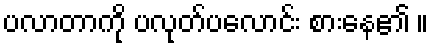
ပလာတာကို ပလုတ်ပလောင်း စားနေ၏ ။